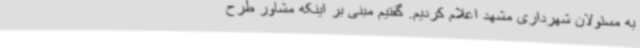
به مسئولان شهرداری مشهد اعلام کردیم. گفتیم مبنی بر اینکه مشاور طرح